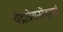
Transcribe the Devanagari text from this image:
चंद्रात्रेयनरेंद्राणां